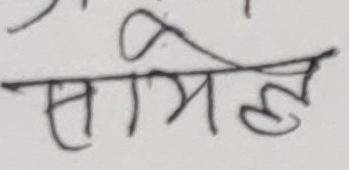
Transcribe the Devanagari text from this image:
सामेल